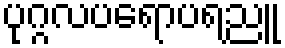
ပုဂ္ဂလပရောပရညူ